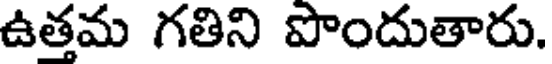
ఉత్తమ గతిని పొందుతారు.